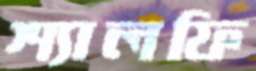
শ্যালফি